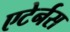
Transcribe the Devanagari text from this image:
एटेर्नस